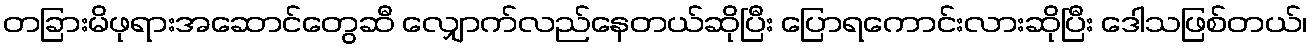
တခြားမိဖုရားအဆောင်တွေဆီ လျှောက်လည်နေတယ်ဆိုပြီး ပြောရကောင်းလားဆိုပြီး ဒေါသဖြစ်တယ်၊